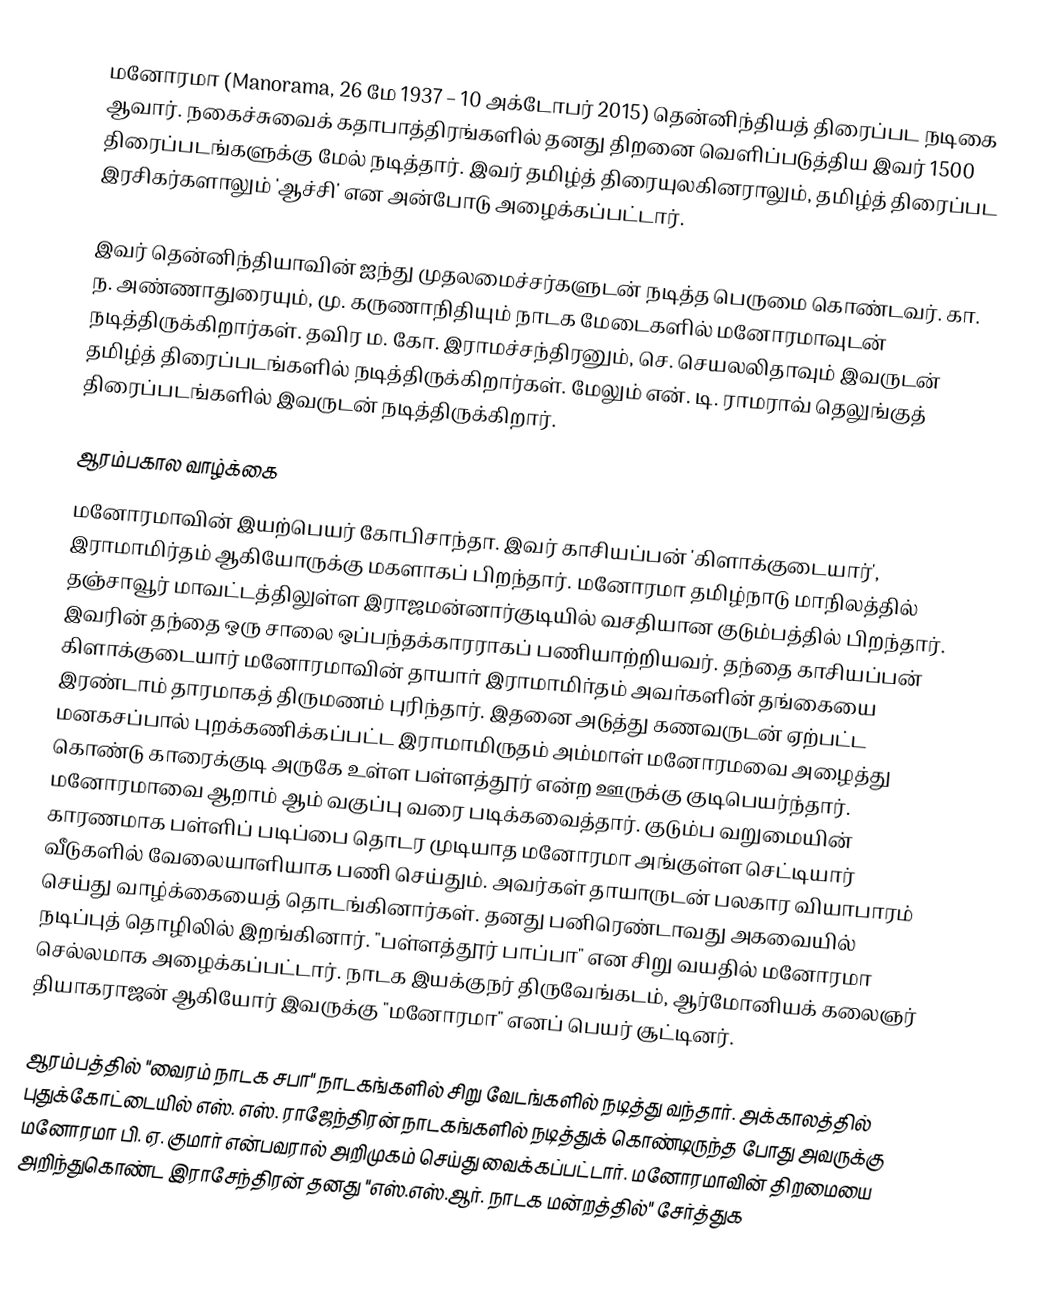
மனோரமா (Manorama, 26 மே 1937 – 10 அக்டோபர் 2015) தென்னிந்தியத் திரைப்பட நடிகை ஆவார். நகைச்சுவைக் கதாபாத்திரங்களில் தனது திறனை வெளிப்படுத்திய இவர் 1500 திரைப்படங்களுக்கு மேல் நடித்தார். இவர் தமிழ்த் திரையுலகினராலும், தமிழ்த் திரைப்பட இரசிகர்களாலும் 'ஆச்சி' என அன்போடு அழைக்கப்பட்டார்.

இவர் தென்னிந்தியாவின் ஐந்து முதலமைச்சர்களுடன் நடித்த பெருமை கொண்டவர். கா. ந. அண்ணாதுரையும், மு. கருணாநிதியும் நாடக மேடைகளில் மனோரமாவுடன் நடித்திருக்கிறார்கள். தவிர ம. கோ. இராமச்சந்திரனும், செ. செயலலிதாவும் இவருடன் தமிழ்த் திரைப்படங்களில் நடித்திருக்கிறார்கள். மேலும் என். டி. ராமராவ் தெலுங்குத் திரைப்படங்களில் இவருடன் நடித்திருக்கிறார்.

ஆரம்பகால வாழ்க்கை
மனோரமாவின் இயற்பெயர் கோபிசாந்தா. இவர் காசியப்பன் 'கிளாக்குடையார்', இராமாமிர்தம் ஆகியோருக்கு மகளாகப் பிறந்தார். மனோரமா தமிழ்நாடு மாநிலத்தில் தஞ்சாவூர் மாவட்டத்திலுள்ள இராஜமன்னார்குடியில் வசதியான குடும்பத்தில் பிறந்தார். இவரின் தந்தை ஒரு சாலை ஒப்பந்தக்காரராகப் பணியாற்றியவர். தந்தை காசியப்பன் கிளாக்குடையார் மனோரமாவின் தாயாா் இராமாமிா்தம் அவா்களின் தங்கையை இரண்டாம் தாரமாகத் திருமணம் புரிந்தார். இதனை அடுத்து கணவருடன் ஏற்பட்ட மனகசப்பால் புறக்கணிக்கப்பட்ட இராமாமிருதம் அம்மாள் மனோரமவை அழைத்து கொண்டு காரைக்குடி அருகே உள்ள பள்ளத்தூர் என்ற ஊருக்கு குடிபெயர்ந்தார். மனோரமாவை ஆறாம் ஆம் வகுப்பு வரை படிக்கவைத்தார். குடும்ப வறுமையின் காரணமாக பள்ளிப் படிப்பை தொடர முடியாத மனோரமா  அங்குள்ள செட்டியார் வீடுகளில் வேலையாளியாக பணி செய்தும்.  அவர்கள் தாயாருடன் பலகார வியாபாரம் செய்து வாழ்க்கையைத் தொடங்கினார்கள். தனது பனிரெண்டாவது அகவையில் நடிப்புத் தொழிலில் இறங்கினார். "பள்ளத்தூர் பாப்பா" என சிறு வயதில் மனோரமா செல்லமாக அழைக்கப்பட்டார். நாடக இயக்குநர் திருவேங்கடம், ஆர்மோனியக் கலைஞர் தியாகராஜன் ஆகியோர் இவருக்கு "மனோரமா" எனப் பெயர் சூட்டினர்.

ஆரம்பத்தில் "வைரம் நாடக சபா" நாடகங்களில் சிறு வேடங்களில் நடித்து வந்தார். அக்காலத்தில் புதுக்கோட்டையில் எஸ். எஸ். ராஜேந்திரன் நாடகங்களில் நடித்துக் கொண்டிருந்த போது அவருக்கு மனோரமா பி. ஏ. குமார் என்பவரால் அறிமுகம் செய்து வைக்கப்பட்டார். மனோரமாவின் திறமையை அறிந்துகொண்ட இராசேந்திரன் தனது "எஸ்.எஸ்.ஆர். நாடக மன்றத்தில்" சேர்த்துக